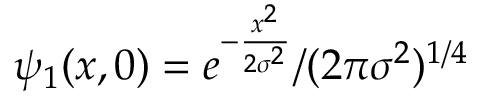
\psi _ { 1 } ( x , 0 ) = e ^ { - \frac { x ^ { 2 } } { 2 \sigma ^ { 2 } } } / ( 2 \pi \sigma ^ { 2 } ) ^ { 1 / 4 }